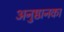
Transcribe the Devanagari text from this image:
अनुष्ठानका